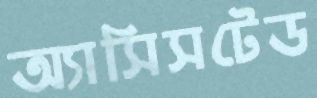
অ্যাসিসটেড